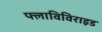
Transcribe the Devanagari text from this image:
फ्लाविविराइड